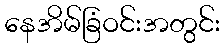
နေအိမ်ခြံဝင်းအတွင်း